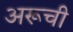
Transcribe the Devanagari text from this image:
अरूची